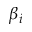
\beta _ { i }